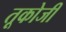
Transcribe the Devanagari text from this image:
तूकोजी